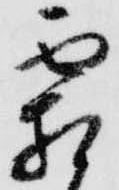
霜